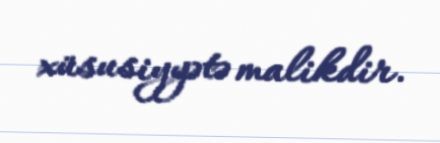
xüsusiyyətə malikdir.